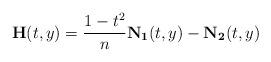
LaTeX: \begin{align*}\mathbf{H}(t,y)=\frac{1-t^2}{n}\mathbf{N_{1}}(t,y)- \mathbf{N_{2}}(t,y)\end{align*}